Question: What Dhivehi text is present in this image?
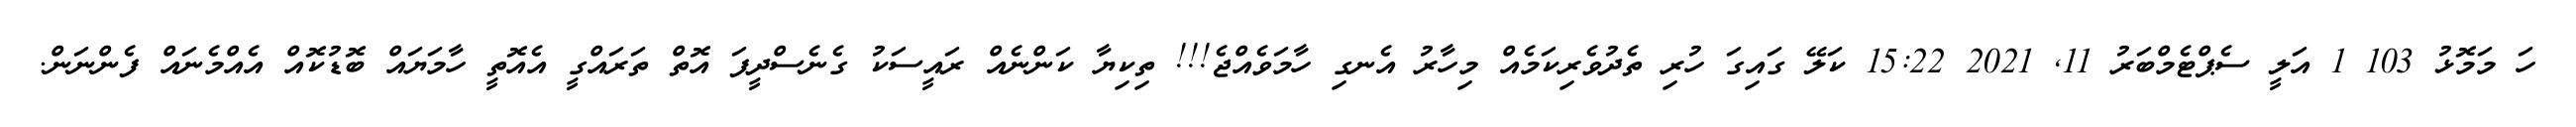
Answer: ހަ މަމޮޅު 103 1 އަލީ ސެޕްޓެމްބަރު 11, 2021 15:22 ކަލޭ ގައިގަ ހުރި ތެދުވެރިކަމެއް މިހާރު އެނގި ހާމަވެއްޖެ!!! ތިކިޔާ ކަންނެއް ރައީސަކު ގެނެސްދީފަ އޮތް ތަރައްގީ އެއޮތީ ހާމަޔައް ބޮޑުކޮއް އެއްމެނައް ފެންނަން.